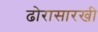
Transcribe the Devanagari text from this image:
ढोरासारखी